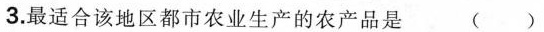
3. 最适合该地区都市农业生产的农产品是 ( )